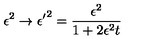
\epsilon ^ { 2 } \rightarrow { \epsilon ^ { \prime } } ^ { 2 } = \frac { \epsilon ^ { 2 } } { 1 + 2 \epsilon ^ { 2 } t }